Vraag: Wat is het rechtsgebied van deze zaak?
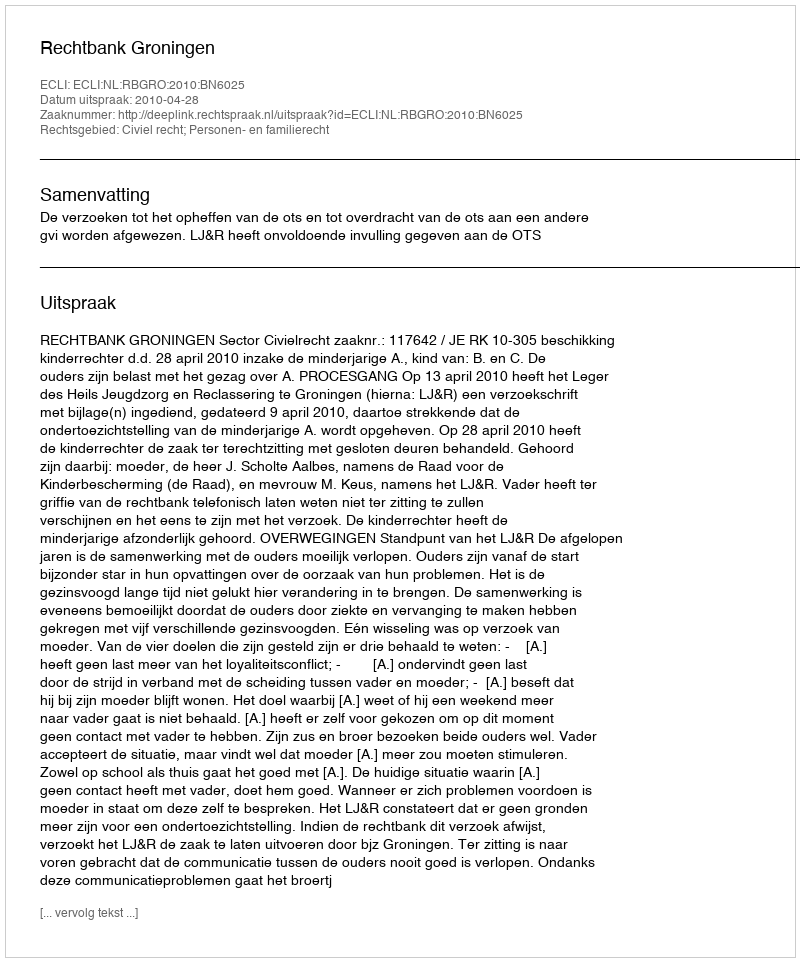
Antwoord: Civiel recht; Personen- en familierecht